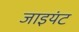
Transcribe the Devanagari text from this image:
जाइयंट